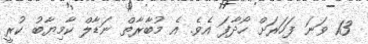
13 ވަނަ ފަހަރަށް ހޯދާފަ އެވެ. އެ މުބާރާތް ނަޑާލް ކާމިޔާބު ކުރީ